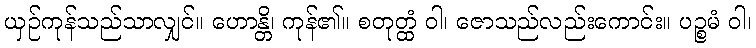
ယှဉ်ကုန်သည်သာလျှင်။ ဟောန္တိ၊ ကုန်၏။ စတုတ္ထံ ဝါ၊ ဇောသည်လည်းကောင်း။ ပဉ္စမံ ဝါ၊